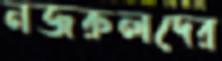
নজরুলদের